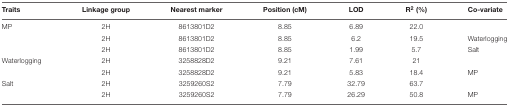
<table><thead><tr><td><b>Traits</b></td><td><b>Linkage group</b></td><td><b>Nearest marker</b></td><td><b>Position (cM)</b></td><td><b>LOD</b></td><td><b>R<sup>2</sup> (%)</b></td><td><b>Co-variate</b></td></tr></thead><tbody><tr><td>MP</td><td>2H</td><td>8613801D2</td><td>8.85</td><td>6.89</td><td>22.0</td><td></td></tr><tr><td></td><td>2H</td><td>8613801D2</td><td>8.85</td><td>6.2</td><td>19.5</td><td>Waterlogging</td></tr><tr><td></td><td>2H</td><td>8613801D2</td><td>8.85</td><td>1.99</td><td>5.7</td><td>Salt</td></tr><tr><td>Waterlogging</td><td>2H</td><td>3258828D2</td><td>9.21</td><td>7.61</td><td>21</td><td></td></tr><tr><td></td><td>2H</td><td>3258828D2</td><td>9.21</td><td>5.83</td><td>18.4</td><td>MP</td></tr><tr><td>Salt</td><td>2H</td><td>3259260S2</td><td>7.79</td><td>32.79</td><td>63.7</td><td></td></tr><tr><td></td><td>2H</td><td>3259260S2</td><td>7.79</td><td>26.29</td><td>50.8</td><td>MP</td></tr></tbody></table>